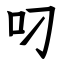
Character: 叼